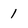
Character: 1